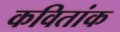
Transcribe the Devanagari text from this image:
कवितांक